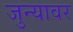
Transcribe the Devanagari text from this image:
जुन्यावर